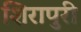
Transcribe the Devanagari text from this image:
शिरापुरी